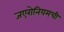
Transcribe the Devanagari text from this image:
जएरोनियमची